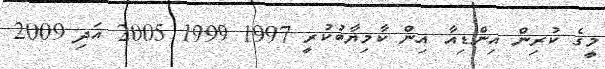
މީގެ ކުރިން އިންޑިއާ އިން ކާމިޔާބުކުރީ 1997 1999 2005 އަދި 2009